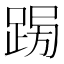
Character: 𨁳